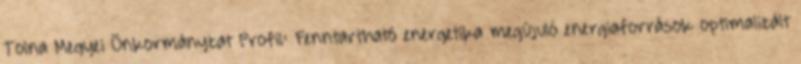
Tolna Megyei Önkormányzat Profil: Fenntartható energetika megújuló energiaforrások optimalizált